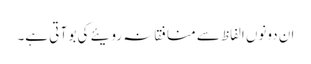
ان دونوں الفاظ سے منافقانہ رویئے کی بو آ تی ہے۔